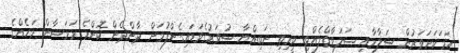
ހަމަކަށަވަރުން ސަލާމާއި ޞަލަވާތްލެއްވި ކީރިތި ނަބިއްޔާ ސުވަރުގެވަޑައިގެންފުމަށް ދާންދެން ކޮންމެ ރަމަޟާން މަހެއްގެ